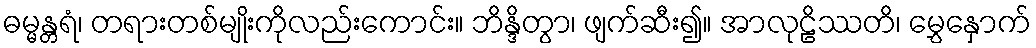
ဓမ္မန္တရံ၊ တရားတစ်မျိုးကိုလည်းကောင်း။ ဘိန္ဒိတွာ၊ ဖျက်ဆီး၍။ အာလုဠိဿတိ၊ မွှေနှောက်